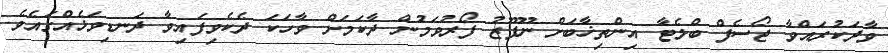
ވާދަކުރައްވާ ޖޯސެފް ބްލެޓާ އިންތިޚާބަށް ނޫފޫޒު ފޯރުވަމުން ދާކަމަށް ވާހަކަ ދެކެވިފައިވާ ދަނޑިވަޅެއްގައެވެ.